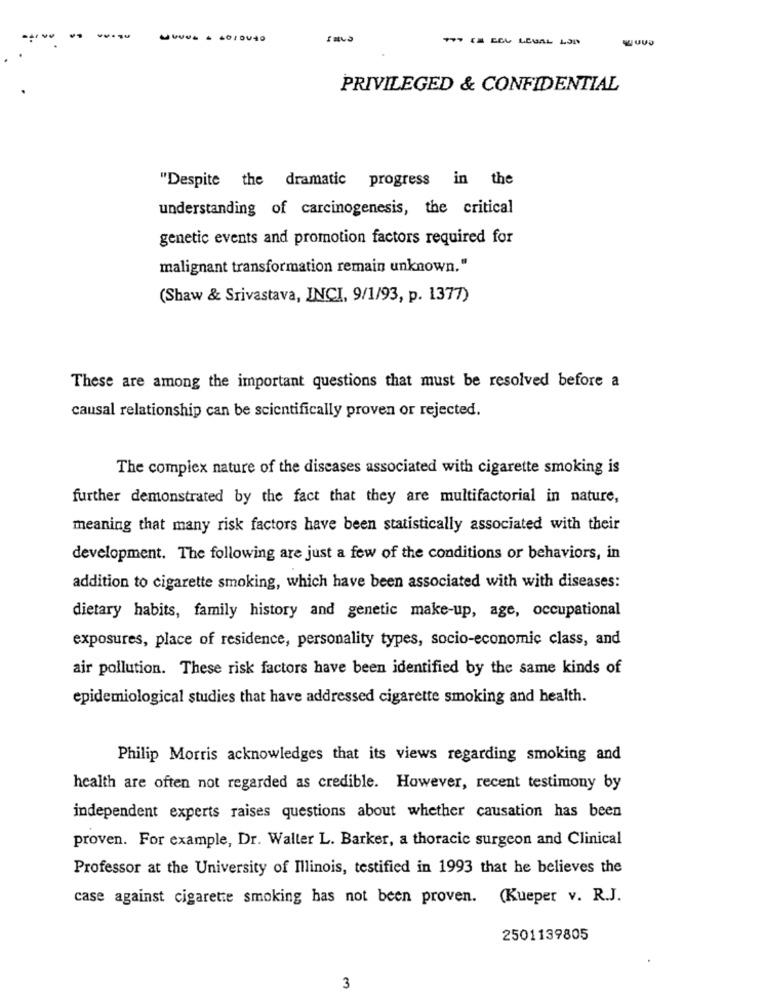
PRIVILEGED & CONFIDENTIAL
"Despite the dramatic progress in the
understanding of carcinogenesis, the critical
genetic events and promotion factors required for
malignant transformation remain unknown."
(Shaw & Srivastava, INCI, 9/1/93, p. 1377)
These are among the important questions that must be resolved before a
causal relationship can be scientifically proven or rejected.
The complex nature of the diseases associated with cigarette smoking is
further demonstrated by the fact that they are multifactorial in nature,
meaning that many risk factors have been statistically associated with their
development. The following are just a few of the conditions or behaviors, in
addition to cigarette smoking, which have been associated with with diseases:
dietary habits, family history and genetic make-up, age, occupational
exposures, place of residence, personality types, socio-economic class, and
air pollution. These risk factors have been identified by the same kinds of
epidemiological studies that have addressed cigarette smoking and health.
Philip Morris acknowledges that its views regarding smoking and
health are often not regarded as credible. However, recent testimony by
independent experts raises questions about whether causation has been
proven. For example, Dr. Walter L. Barker, a thoracic surgeon and Clinical
Professor at the University of Illinois, testified in 1993 that he believes the
case against cigarette smoking has not been proven. (Kueper v. R.J.
2501139805
3